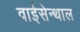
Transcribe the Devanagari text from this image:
वाईसेन्थाल